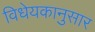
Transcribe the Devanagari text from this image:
विधेयकानुसार